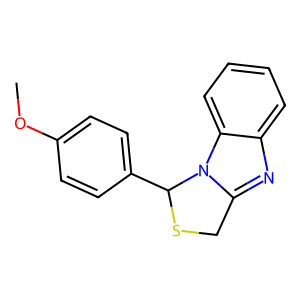
SMILES: COc1ccc(C2SCc3nc4ccccc4n32)cc1
Inhibits HIV replication: No